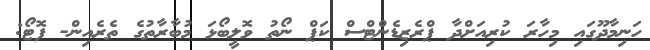
ހަނިމާދޫގައި މިހާރަ ކުރިއަށްދާ ޕްރެޒިޑެންޓްސް ކަޕް ނޯތު ވޮލީބޯޅަ މުބާރާތުގެ ތެރެއިން- ފޮޓޯ: